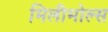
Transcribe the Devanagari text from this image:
मिलीमोल्स